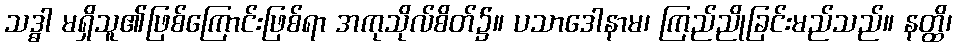
သဒ္ဓါ မရှိသူ၏ဖြစ်ကြောင်းဖြစ်ရာ အကုသိုလ်စိတ်၌။ ပသာဒေါနာမ၊ ကြည်ညိုခြင်းမည်သည်။ နတ္ထိ၊